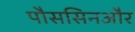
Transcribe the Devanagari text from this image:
पौससिनऔर